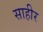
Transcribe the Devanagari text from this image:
साहीर